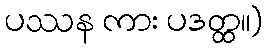
ပဿန ကား ပဒတ္ထ။)